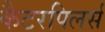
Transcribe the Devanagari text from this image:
कैटरपिलर्स